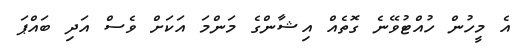
އެ މީހުން ހުއްޓުވޭނެ ގޮތެއް އިޝާންގެ މަންމަ އަކަށް ވެސް އަދި ބައްޕަ